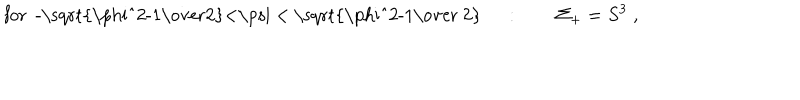
\mathrm { f o r ~ - \sqrt { \frac { \ p h i ^ { 2 } - 1 } { 2 } } < \ p s i ~ < ~ \sqrt { \frac { \ p h i ^ { 2 } - 1 } { ~ 2 } } ~ } \quad : \qquad \Sigma _ { + } = S ^ { 3 } \; ,